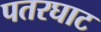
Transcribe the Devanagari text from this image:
पतरघाट